Annual administration report of the Civil Veterinary Department of India - 1902-1903
Year: 1902
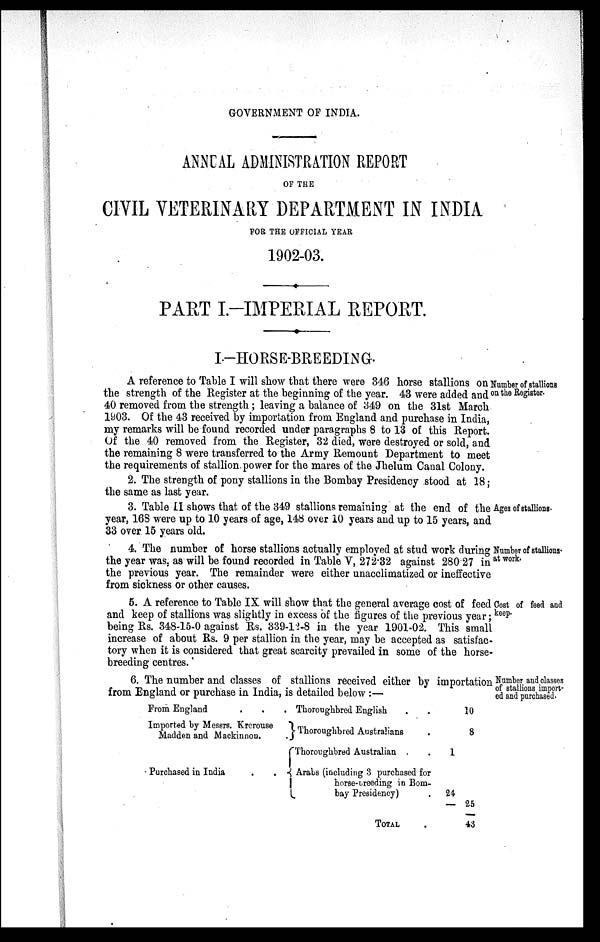
GOVERNMENT OF INDIA.
ANNUAL ADMINISTRATION REPORT
OF THE
CIVIL VETERINARY DEPARTMENT IN INDIA
FOR THE OFFICIAL YEAR
1902-03.
PART I.-IMPERIAL REPORT.
I—HORSE-BREEDING.
Number of stallions
on the Register.
A reference to Table I will show that there were 346 horse stallions on
the strength of the Register at the beginning of the year. 43 were added and
40 removed from the strength; leaving a balance of 349 on the 31st March
1903.
Of the 43 received by importation from England and purchase in India,
my remarks will be found recorded under paragraphs 8 to 13 of this Report.
Of the 40 removed from the Register, 32 died, were destroyed or sold, and
the remaining 8 were transferred to the Army Remount Department to meet
the requirements of stallion power for the mares of the Jhelum Canal Colony.
2. The strength of pony stallions in the Bombay Presidency stood at 18;
the same as last year.
Ages of stallions.
3. Table II shows that of the 349 stallions remaining at the end of the
year, 168 were up to 10 years of age, 148 over 10 years and up to 15 years, and
33 over 15 years old.
Number of stallions.
at work.
4. The number of horse stallions actually employed at stud work during
the year was, as will be found recorded in Table V, 272.32 against 280 27 in
the previous year. The remainder were either unacclimatized or ineffective
from sickness or other causes.
Cost of feed and
keep.
5. A reference to Table IX will show that the general average cost of feed
and keep of stallions was slightly in excess of the figures of the previous year;
being Rs. 348-15-0 against Rs. 339-12-8 in the year 1901-02. This small
increase of about Rs. 9 per stallion in the year, may be accepted as satisfac-
tory when it is considered that great scarcity prevailed in some of the horse-
breeding centres.
Number and classes
of stallions import-
ed and purchased.
6. The number and classes of stallions received either by importation
from England or purchase in India, is detailed below :—
From England . . .
Imported by Messrs. Krerouse
Madden and Mackinnon. .
Purchased in India . .
Thoroughbred English . .
Thoroughbred Australians .
Thoroughbred Australian . .
Arabs (including 3 purchased for
horse-breeding in Bom¬
bay Presidency) .
TOTAL .
10
8
1
24
— 25
43